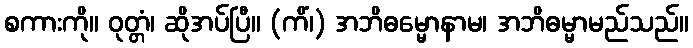
စကားကို။ ဝုတ္တံ၊ ဆိုအပ်ပြီ။ (ကိံ၊) အဘိဓမ္မောနာမ၊ အဘိဓမ္မာမည်သည်။